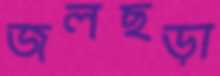
জলছড়া